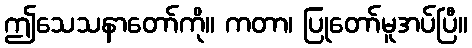
ဤသေသနာတော်ကို။ ကတာ၊ ပြုတော်မူအပ်ပြီ။